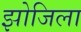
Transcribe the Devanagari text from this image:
झोजिला